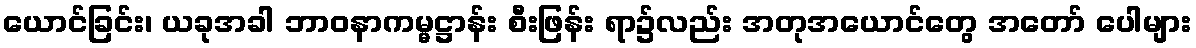
ယောင်ခြင်း၊ ယခုအခါ ဘာဝနာကမ္မဋ္ဌာန်း စီးဖြန်း ရာ၌လည်း အတုအယောင်တွေ အတော် ပေါများ